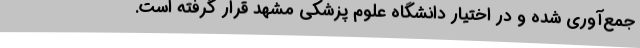
جمع‌آوری شده و در اختیار دانشگاه علوم پزشکی مشهد قرار گرفته ‌است.